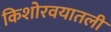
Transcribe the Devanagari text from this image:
किशोरवयातली